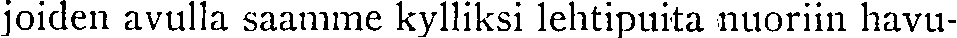
joiden avulla saamme kylliksi lehtipuita nuoriin havu-